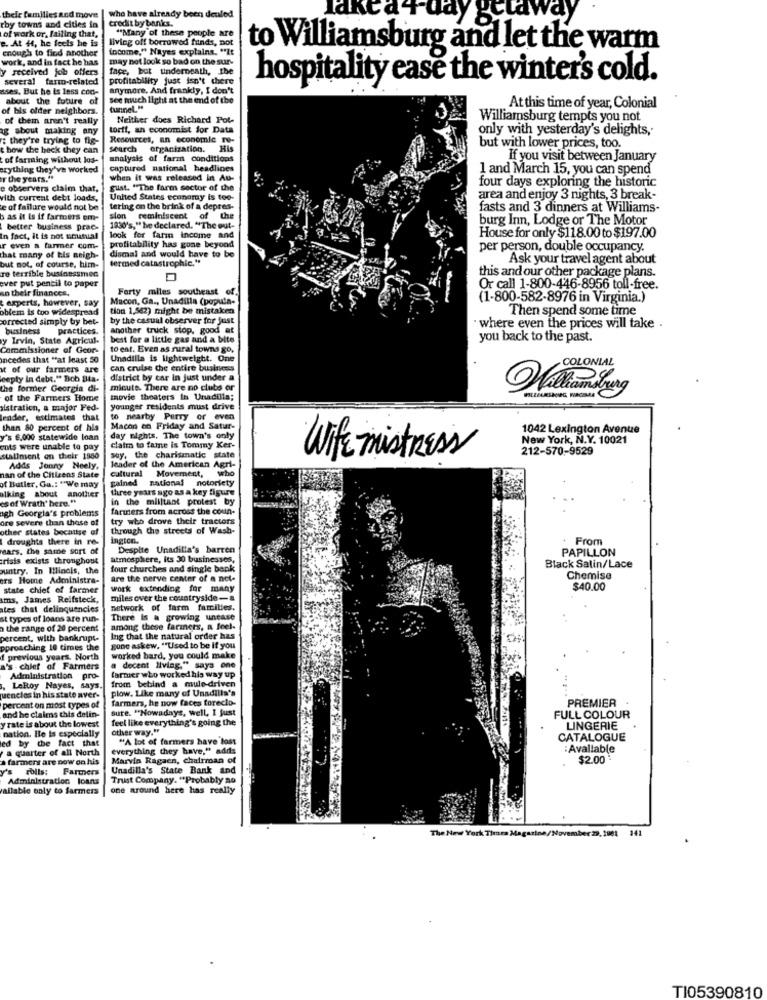
their families and move
who have already been denled
credit by banks.
lakta +-day getaway
rby towns and cities in
"Many of these people are
of work or, failing that,
e. At +, he feels he is
living off borrowed funds, not
income," Nayes explains. "It
to Williamsburg and let the warm
enough to find another
work, and in fact he has
may not look so bad on the sur-
y received job offers
face, but underneath, the
several faro-related
profitability just isn't chere
hospitality ease the winter's cold.
sses. But he is less cod-
anymore, And frankly, I don't
about the future of
see much light at the end of the
of bis older neighbors.
tunnel."
At this time of year, Colonial
of them aren't really
Neither does Richard Pot-
Williamsburg tempts you not
ag about making any
torft, an economist for Data
only with yesterday's delights,
: they're trying to fig-
Resources, an economic re-
how the heck they can
search
organization. His
but with lower prices, too.
of farming without los-
analysis of farm conditions
If you visit between January
crything they've worked
captured national headlines
1 and March 15, you can spend
the years."
when it was released in Au-
four days exploring the historic
e observers claim that,
gust. "The farm sector of the
rith current debt loads,
United States economy is too-
area and enjoy 3 nights, 3 break-
e of failure would not be
tering on the brink of a depres-
fasts and 3 dinners at Williams-
b as it is if farmers om-
sion reminiscent of the
burg Inn, Lodge or The Motor
better business prac-
1930's," he declared. "The out-
In fact, it is not umatual
look for farm income and
House for only $118.00 to $197.00
r even a farmer com-
profitability has gone beyond
dismal and would have to be
per person, double occupancy.
that many of bis neigh-
dermed catastrophic."
Ask your travel agent about
but not, of course, him-
re terrible businessmen
this and our other package plans.
ever put pencil to paper
sn their finances.
Forty miles southeast of.
Or call 1-800-446-8956 toll-free.
experts, however, say
Macon, Ga ., Unadilla (popula-
(1-800-582-8976 in Virginia.)
oblem is too widespread
tion 1,562) might be mistaken
Then spend some time
corrected simply by bet-
by the casual observer for just
business
practices.
another truck stop, good at
· where even the prices will take .
y Irvin, State Agricul-
best for a little gas and a bite
you back to the past.
Commissioner of Geor-
to ent. Even as rural towns go,
incedes that "at least 50
Unadilla is lightweight. One
Mt of our farmers are
can cruise the entire business
COLONIAL
eepty In debt." Dob Bia.
district by car in just under a
the former Georgia di-
micute. There are no clubs or
of the Farmers Home
movie theaters in Unadilla;
alstration, a major Fed-
younger residents must drive
leader, estimates that
to nearby Parry or even
than 80 percent of his
Macon on Friday and Satur-
1042 Lexington Avenue
y's 6.000 statewide loan
day nights, The town's only
New York, N.Y. 10021
ents were unable to pay
claim to fame is Tommy Ker-
212-570-9529
staliment on their 1880
soy, the charismatic state
Wifemistress
Adds Jonny Neely,
cultural Movement,
leader of the American Agri-
who
nan of the Citizens State
gained national notoriety
of Butler, Ga .: "We may
three years ago as a key figure
alking about another
es of Wrath' here."
in the milltant protest by
ugh Georgia's problems
farmers from across the coun-
ore sovere than those of
try who drove their tractors
other states becattse of
through the streets of Wash-
droughts there in re-
ington.
From
ears, the same sort of
Despite Unadilla's barren
PAPILLON
risis exists throughout
atmosphere, Its 30 businesses,
untry. In Illinois, the
four churches and single benk
Black Satin/Lace
ors Home Administra-
are the nerve center of a net-
Chemise
state chief of farmer
work extending for many
$40.00
sms, James Reifsteck,
miles over the countryside-
ates that delinquencies
network of farm families.
st types of loans are run-
There is a growing uncase
the range of 20 percent
among these farmers, a feel-
percent, with bankrupt-
Ing that the natural order has
pproaching 10 times the
gone askew. "Used to be if you
1 previous years. North
worked bard, you could make
's - chief of Farmers
a decent Hlviag." says one
Administration pro-
farmer who worked his way up
. LeRoy Nayes, says.
from behind a mule-driven
plow. Like many of Unadilla's
quencies in his state aver-
farmers, he now faces toreclo-
PREMIER
percent on most types of
sure. "Nowadays, well, I just
y rate is about the lowest
and he claims this delin-
feel like everything's going the
FULL COLOUR
nation. He is especially
other way."
LINGERIE
ed by the fact that
"A lot of farmers have lost
CATALOGUE
a quarter of all North
everything they have," adds
: Avallable
a farmers are now on his
Marvin Ragaen, chairman of
$2.00
rolls:
Farmers
Unadilla's State Bank and
Administration loans
Trust Company. "Probably no
allable only to farmers
one around here has really
The New York Times Magazine/November 29, 1981
141
TI05390810